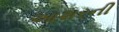
આશરની